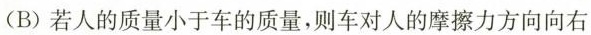
(B)若人的质量小于车的质量，则车对人的摩擦力方向向右